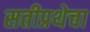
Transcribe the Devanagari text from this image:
सतीप्रथेचा